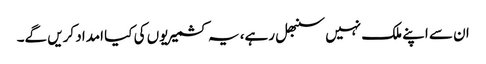
ان سے اپنے ملک نہیں سنبھل رہے، یہ کشمیریوں کی کیا امداد کریں گے۔